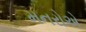
મનરોએ